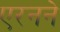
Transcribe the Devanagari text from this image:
एरनने